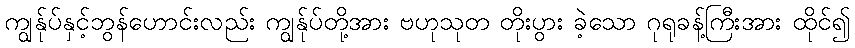
ကျွန်ုပ်နှင့်ဘွန်ဟောင်းလည်း ကျွန်ုပ်တို့အား ဗဟုသုတ တိုးပွား ခဲ့သော ဂုရုခန့်ကြီးအား ထိုင်၍